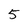
Character: 5